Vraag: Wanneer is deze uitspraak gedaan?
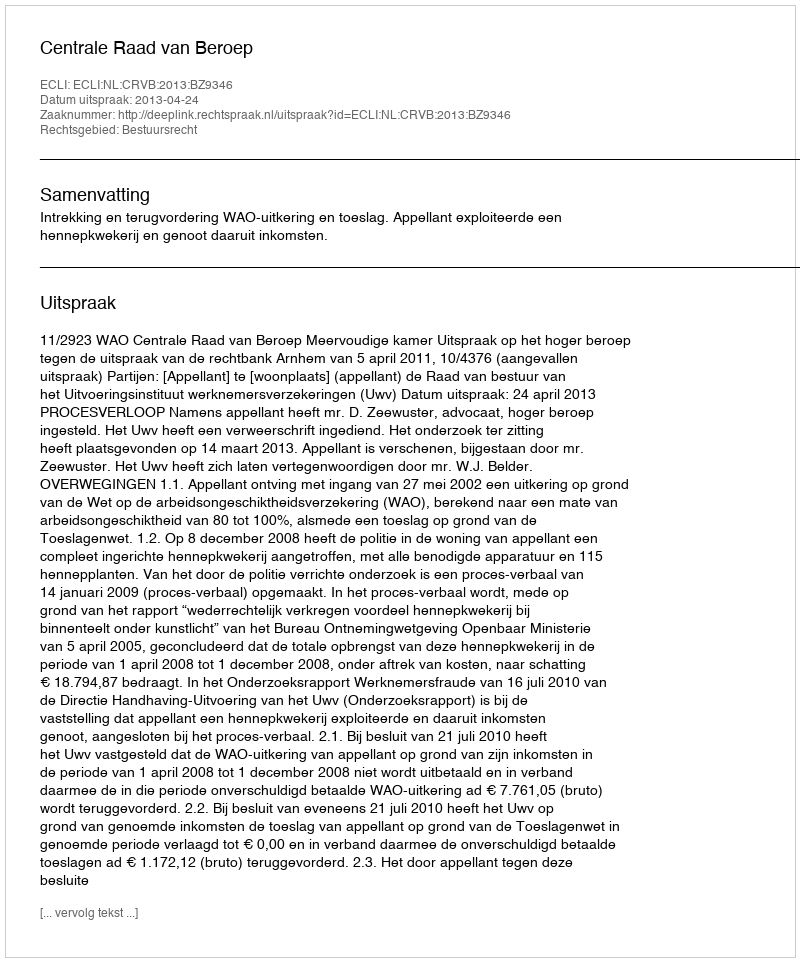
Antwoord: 2013-04-24